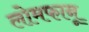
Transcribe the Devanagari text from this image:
लोमफानू